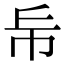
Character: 𢁹